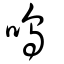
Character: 嗚